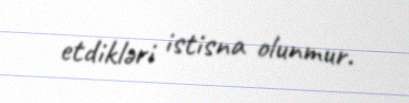
etdikləri istisna olunmur.